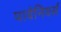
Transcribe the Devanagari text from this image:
पायेनियर्स